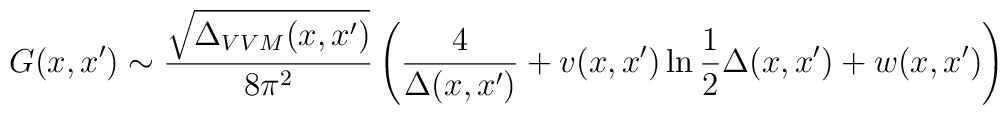
G(x,x') \sim \frac{\sqrt{\Delta_{VVM}(x,x')}}{8\pi^2}\left(    \frac{4}{\Delta(x,x')}+ v(x,x')\ln\frac{1}{2}\Delta(x,x')+w(x,x')\right)